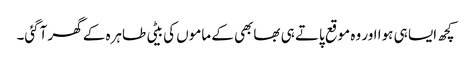
کچھ ایسا ہی ہوا اور وہ موقع پاتے ہی بھابھی کے ماموں کی بیٹی طاہرہ کے گھر آگئی۔